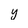
Character: y